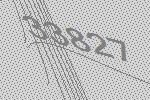
33827